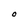
Character: O